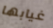
غيابها